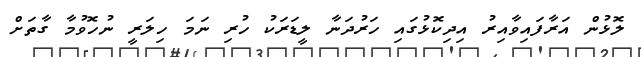
ލޮޅުން އަރާފައިވާއިރު އިދިކޮޅުގައި ހަރުދަނާ ލީޑަރަކު ހުރި ނަމަ ހިލަރީ ނުހޮވުމާ ގާތަށް